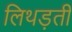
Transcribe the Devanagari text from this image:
लिथड़ती